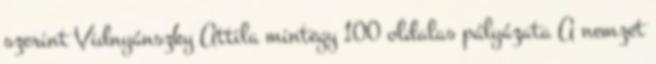
szerint Vidnyánszky Attila mintegy 100 oldalas pályázata A nemzet